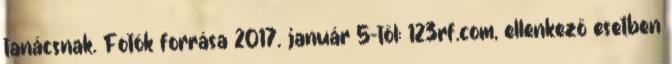
tanácsnak. Fotók forrása 2017. január 5-től: 123rf.com, ellenkező esetben